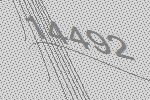
14492